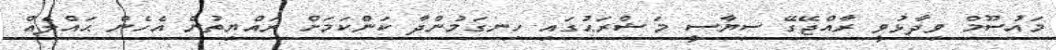
މައުސޫމް ވިދާޅުވީ ރާއްޖޭގޭ ސިޔާސީ މަޝްރަޙުގައި ހިނގަމުންދާ ކަންކަމަށް ރައްޔިތުން އެހެން ޙައްލެއް